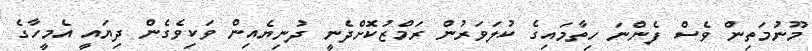
މޫނުމަތިން ވެސް ފެންނަ ހިތާމައިގެ ކުލަވަރުން ރަމްޒުކޮށްދެނީ ދުނިޔެއިން ވަކިވެގެން ދިޔައީ އެމީހާގެ